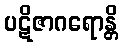
ပဋိဇာဂရောန္တိ